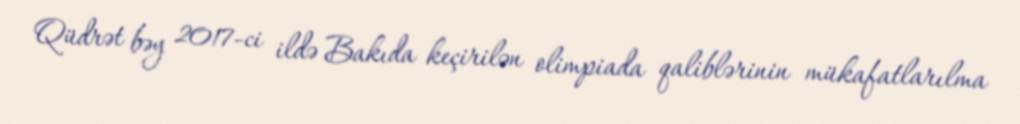
Qüdrət bəy 2017-ci ildə Bakıda keçirilən olimpiada qaliblərinin mükafatlarılma